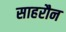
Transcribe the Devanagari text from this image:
साहरौन